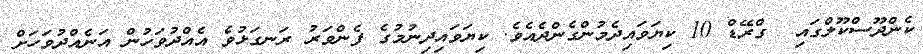
ކެންދޫސްކޫލްގައި  ގްރޭޑް 10 ކިޔަވައިދެމުންގެންދެއެވެ. ކިޔަވައިދިނުމުގެ ފެންވަރު ރަނގަޅުވެ އެއްދުވަހުން އަނެއްދުވަހަށް